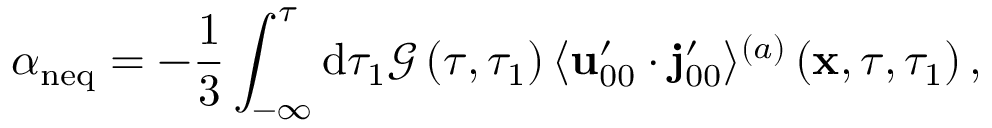
\alpha _ { \mathrm { n e q } } = - \frac { 1 } { 3 } \int _ { - \infty } ^ { \tau } \mathrm { d } \tau _ { 1 } \mathcal { G } \left( \tau , \tau _ { 1 } \right) \langle \mathbf { u } _ { 0 0 } ^ { \prime } \cdot \mathbf { j } _ { 0 0 } ^ { \prime } \rangle ^ { ( a ) } \left( \mathbf { x } , \tau , \tau _ { 1 } \right) ,